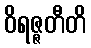
ဝိရဇ္ဇတီတိ